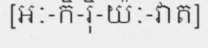
[អៈ-កិ-រ៉ិ-យ៉ៈ-វាត]